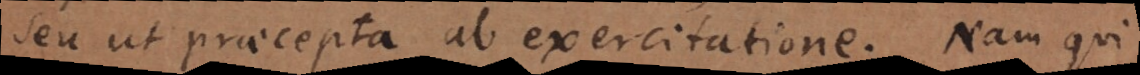
seu ut praecepta ab exercitatione. Nam qui